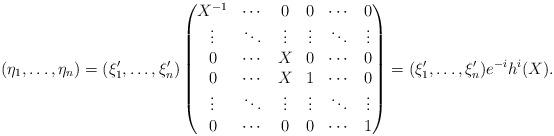
LaTeX: \begin{align*}(\eta_1,\dots, \eta_n)=(\xi'_1,\dots, \xi'_n) \begin{pmatrix}X^{-1} & \cdots & 0 & 0 & \cdots & 0 \\\vdots & \ddots & \vdots & \vdots & \ddots & \vdots \\0 & \cdots & X & 0 & \cdots & 0 \\0 & \cdots & X & 1 & \cdots & 0 \\\vdots & \ddots & \vdots & \vdots & \ddots & \vdots \\0 & \cdots & 0 & 0 & \cdots & 1 \end{pmatrix} = (\xi'_1,\dots, \xi'_n) e^{-i}h^{i}(X).\end{align*}